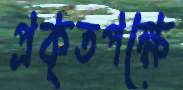
প্রকৃতপক্ষে